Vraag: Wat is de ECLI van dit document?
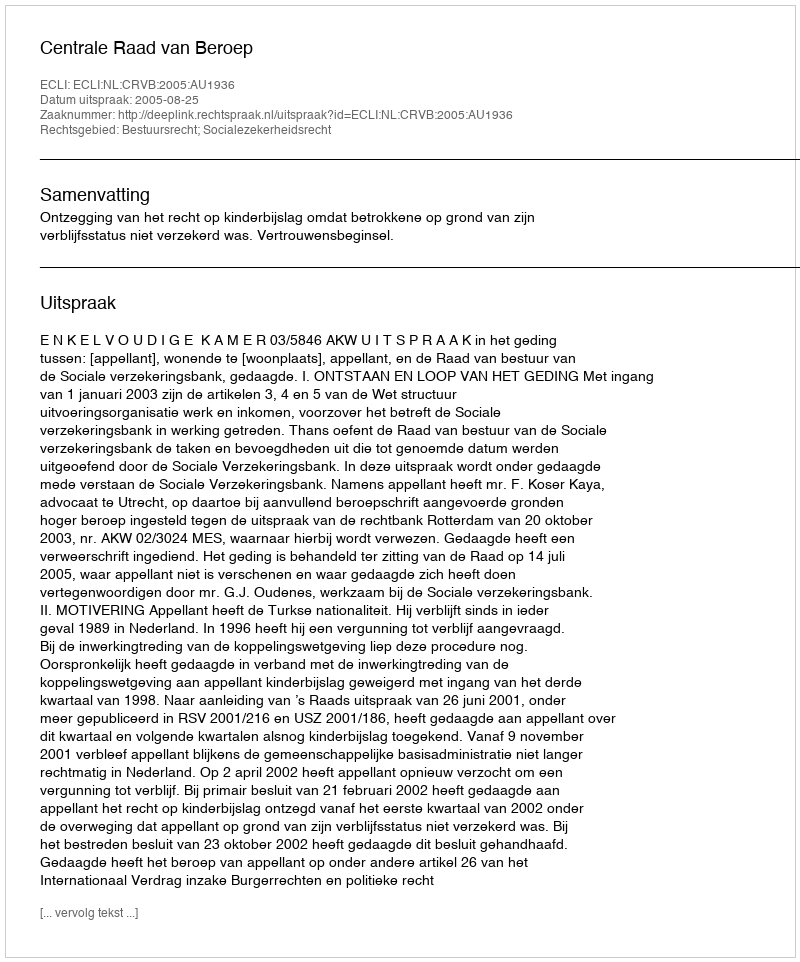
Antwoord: ECLI:NL:CRVB:2005:AU1936